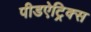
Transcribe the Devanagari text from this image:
पीडऐट्रिक्स